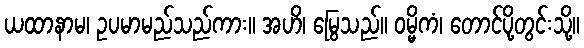
ယထာနာမ၊ ဥပမာမည်သည်ကား။ အဟိ၊ မြွေသည်။ ဝမ္မိကံ၊ တောင်ပို့တွင်းသို့။